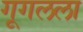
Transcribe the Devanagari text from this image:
गूगलला